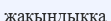
жақындыққа